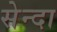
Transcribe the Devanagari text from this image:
सेन्दा